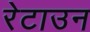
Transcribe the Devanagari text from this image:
रेटाउन